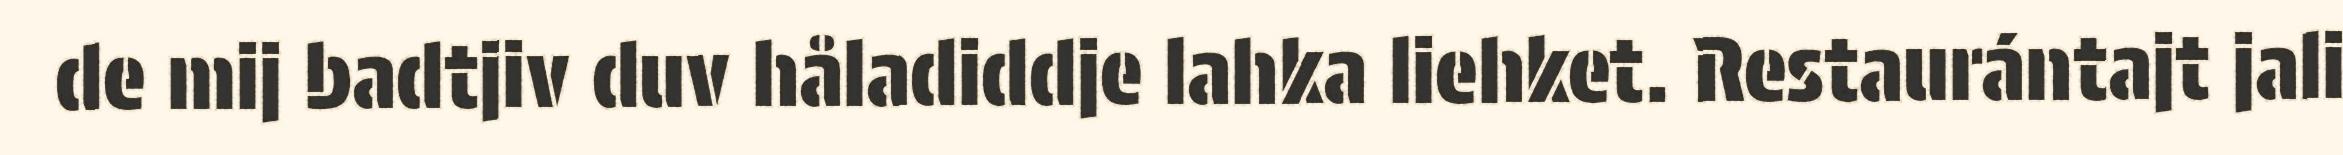
de mij badtjiv duv håladiddje lahka liehket. Restaurántajt jali